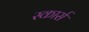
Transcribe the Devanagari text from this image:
स्कार्स